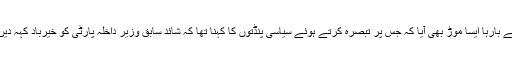
اس لیے بارہا ایسا موڑ بھی آیا کہ جس پر تبصرہ کرتے ہوئے سیاسی پنڈتوں کا کہنا تھا کہ شائد سابق وزیر داخلہ پارٹی کو خیرباد کہہ دیں گے۔